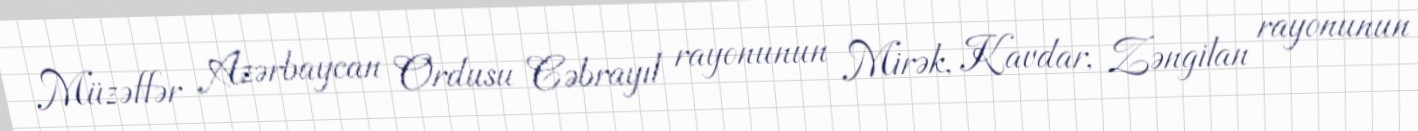
Müzəffər Azərbaycan Ordusu Cəbrayıl rayonunun Mirək, Kavdar, Zəngilan rayonunun